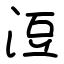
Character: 浢